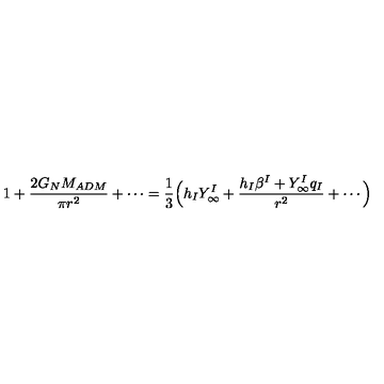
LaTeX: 1 + { \frac { 2 G _ { N } M _ { A D M } } { \pi r ^ { 2 } } } + \cdots = { \frac { 1 } { 3 } } \Big ( h _ { I } Y _ { \infty } ^ { I } + { \frac { h _ { I } \beta ^ { I } + Y _ { \infty } ^ { I } q _ { I } } { r ^ { 2 } } } + \cdots \Big )